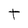
Character: t